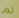
لم